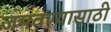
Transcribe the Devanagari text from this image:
जमवण्यासाठी